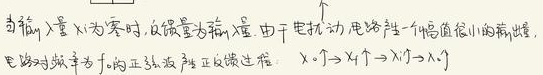
当输入量 \(X_i\) 为零时，反馈量为零，由于电扰动，电路产生一个幅度很小的输出，电路对频率为 \(f_0\) 的正弦波产生正反馈过程：\(X_i \to X_f \to X_i \uparrow \to X_f \uparrow\) 。